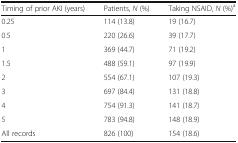
<table><thead><tr><td><b>Timing of prior AKI (years)</b></td><td><b>Patients, <i>N</i> (%)</b></td><td><b>Taking NSAID, <i>N</i> (%)<sup>a</sup></b></td></tr></thead><tbody><tr><td>0.25</td><td>114 (13.8)</td><td>19 (16.7)</td></tr><tr><td>0.5</td><td>220 (26.6)</td><td>39 (17.7)</td></tr><tr><td>1</td><td>369 (44.7)</td><td>71 (19.2)</td></tr><tr><td>1.5</td><td>488 (59.1)</td><td>97 (19.9)</td></tr><tr><td>2</td><td>554 (67.1)</td><td>107 (19.3)</td></tr><tr><td>3</td><td>697 (84.4)</td><td>131 (18.8)</td></tr><tr><td>4</td><td>754 (91.3)</td><td>141 (18.7)</td></tr><tr><td>5</td><td>783 (94.8)</td><td>148 (18.9)</td></tr><tr><td>All records</td><td>826 (100)</td><td>154 (18.6)</td></tr></tbody></table>